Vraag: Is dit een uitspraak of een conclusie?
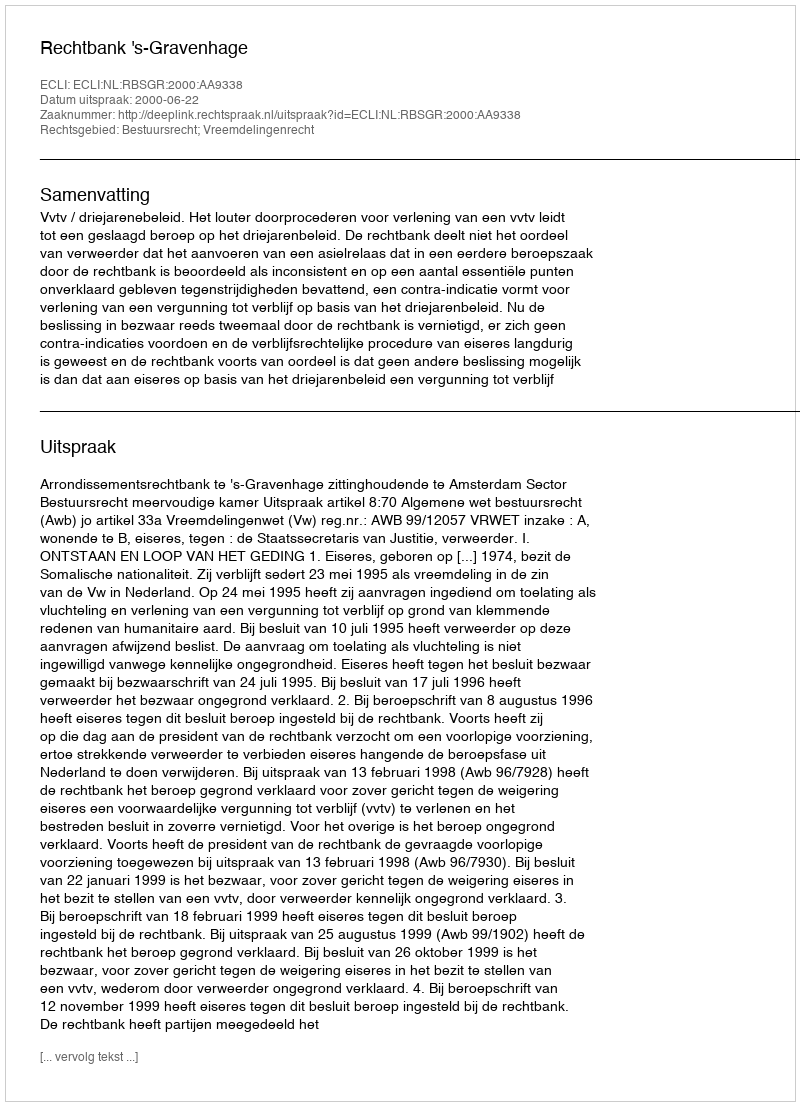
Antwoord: Uitspraak